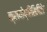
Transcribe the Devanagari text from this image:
क्रायोप्रिसिपिटेट